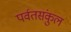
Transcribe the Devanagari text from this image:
पर्वतसंकुल